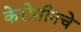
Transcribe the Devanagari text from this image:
केरोसीनचे